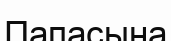
Папасына